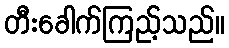
တီးခေါက်ကြည့်သည်။